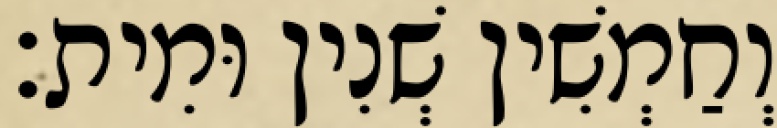
וְחַמְשִׁין שְׁנִין וּמִית׃